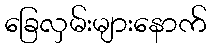
ခြေလှမ်းများနောက်